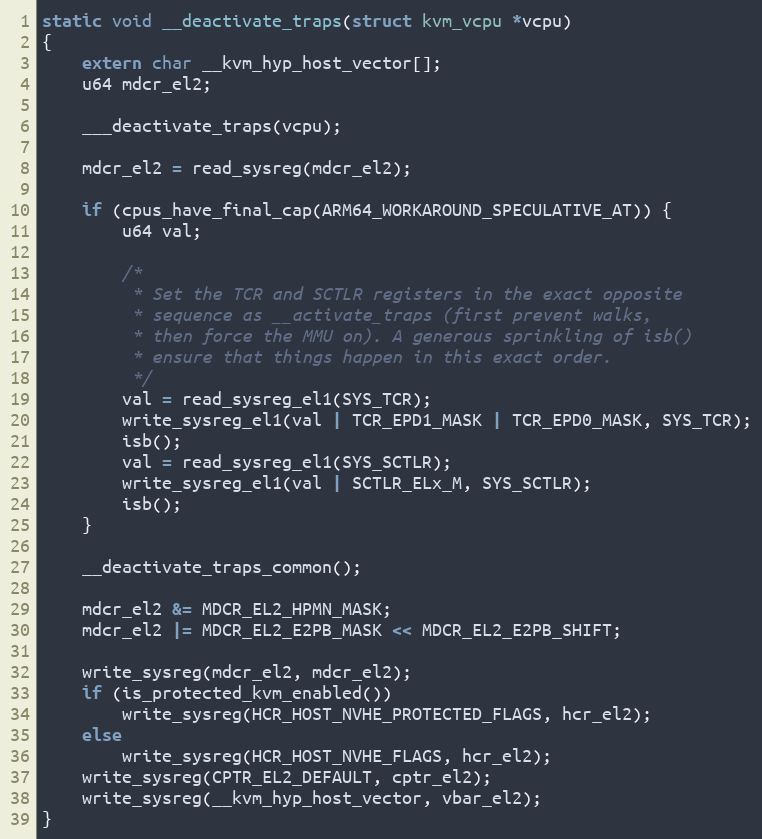
Language: C
static void __deactivate_traps(struct kvm_vcpu *vcpu)
{
	extern char __kvm_hyp_host_vector[];
	u64 mdcr_el2;

	___deactivate_traps(vcpu);

	mdcr_el2 = read_sysreg(mdcr_el2);

	if (cpus_have_final_cap(ARM64_WORKAROUND_SPECULATIVE_AT)) {
		u64 val;

		/*
		 * Set the TCR and SCTLR registers in the exact opposite
		 * sequence as __activate_traps (first prevent walks,
		 * then force the MMU on). A generous sprinkling of isb()
		 * ensure that things happen in this exact order.
		 */
		val = read_sysreg_el1(SYS_TCR);
		write_sysreg_el1(val | TCR_EPD1_MASK | TCR_EPD0_MASK, SYS_TCR);
		isb();
		val = read_sysreg_el1(SYS_SCTLR);
		write_sysreg_el1(val | SCTLR_ELx_M, SYS_SCTLR);
		isb();
	}

	__deactivate_traps_common();

	mdcr_el2 &= MDCR_EL2_HPMN_MASK;
	mdcr_el2 |= MDCR_EL2_E2PB_MASK << MDCR_EL2_E2PB_SHIFT;

	write_sysreg(mdcr_el2, mdcr_el2);
	if (is_protected_kvm_enabled())
		write_sysreg(HCR_HOST_NVHE_PROTECTED_FLAGS, hcr_el2);
	else
		write_sysreg(HCR_HOST_NVHE_FLAGS, hcr_el2);
	write_sysreg(CPTR_EL2_DEFAULT, cptr_el2);
	write_sysreg(__kvm_hyp_host_vector, vbar_el2);
}